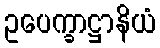
ဥပေက္ခာဋ္ဌာနိယံ